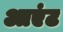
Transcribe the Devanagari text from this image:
आएंट